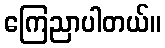
ကြေညာပါတယ်။